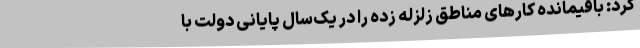
کرد: باقیمانده کارهای مناطق زلزله زده را در یک‌سال پایانی دولت با